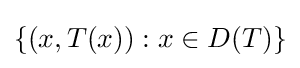
\{(x,T(x)):x\in D(T)\}